Indian journal of veterinary science and animal husbandry - Volumes 24-25, 1954-1955
Year: 1954
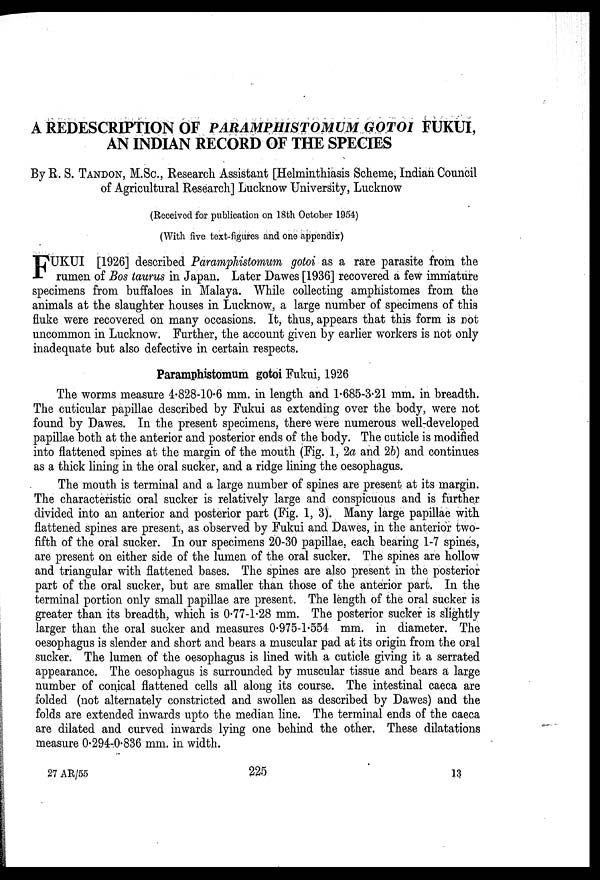
A REDESCRIPTION OF PARAMPHISTOMUM
GOTOI FUKUI,
AN INDIAN RECORD OF THE SPECIES
By R. S. TANDON, M.Sc., Research Assistant [Helminthiasis Scheme, Indian Council
of Agricultural Research] Lucknow University, Lucknow
(Received for publication on 18th October 1954)
(With five text-figures and one appendix)
F UKUI [1926] described Paramphistomum gotoi as a rare parasite from the
rumen of Bos taurus in Japan. Later Dawes [1936] recovered a few immature
specimens from buffaloes in Malaya. While collecting amphistomes from the
animals at the slaughter houses in Lucknow, a large number of specimens of this
fluke were recovered on many occasions. It, thus, appears that this form is not
uncommon in Lucknow. Further, the account given by earlier workers is not only
inadequate but also defective in certain respects.
Paramphistomum gotoi Fukui, 1926
The worms measure 4.828-10.6 mm. in length and 1.685-3.21 mm. in breadth.
The cuticular papillae described by Fukui as extending over the body, were not
found by Dawes. In the present specimens, there were numerous well-developed
papillae both at the anterior and posterior ends of the body. The cuticle is modified
into flattened spines at the margin of the mouth (Fig. 1, 2a and 2b) and continues
as a thick lining in the oral sucker, and a ridge lining the oesophagus.
The mouth is terminal and a large number of spines are present at its margin.
The characteristic oral sucker is relatively large and conspicuous and is further
divided into an anterior and posterior part (Fig. 1, 3). Many large papillae with
flattened spines are present, as observed by Fukui and Dawes, in the anterior two-
fifth of the oral sucker. In our specimens 20-30 papillae, each bearing 1-7 spines,
are present on either side of the lumen of the oral sucker. The spines are hollow
and triangular with flattened bases. The spines are also present in the posterior
part of the oral sucker, but are smaller than those of the anterior part. In the
terminal portion only small papillae are present. The length of the oral sucker is
greater than its breadth, which is 0.77-1.28 mm. The posterior sucker is slightly
larger than the oral sucker and measures 0.975-1.554 mm. in diameter. The
oesophagus is slender and short and bears a muscular pad at its origin from the oral
sucker. The lumen of the oesophagus is lined with a cuticle giving it a serrated
appearance. The oesophagus is surrounded by muscular tissue and bears a large
number of conical flattened cells all along its course. The intestinal caeca are
folded (not alternately constricted and swollen as described by Dawes) and the
folds are extended inwards upto the median line. The terminal ends of the caeca
are dilated and curved inwards lying one behind the other. These dilatations
measure 0.294-0.836 mm. in width.
27 AR/55
225
13